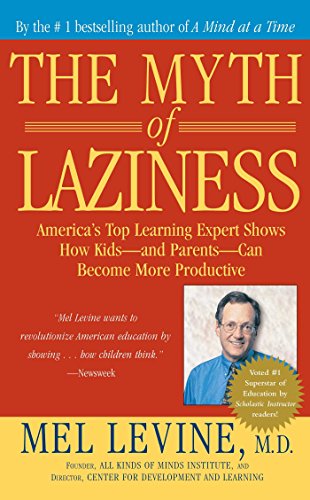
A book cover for The Myth of Laziness; M.D. Mel Levine M.D.; Education & Teaching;